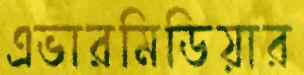
এভারমিডিয়ার